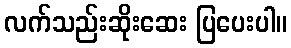
လက်သည်းဆိုးဆေး ပြပေးပါ။